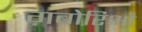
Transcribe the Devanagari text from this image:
ग़बोरिऔ